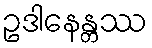
ဥဒါနေန္တဿ